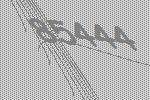
85444